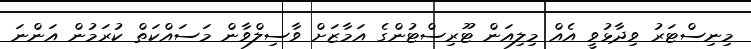
މިނިސްޓަރު ވިދާޅުވީ އެއް މިލިއަން ޓޫރިސްޓުންގެ އަމާޒަށް ވާސިލްވާން މަސައްކަތް ކުރަމުން އަންނަ